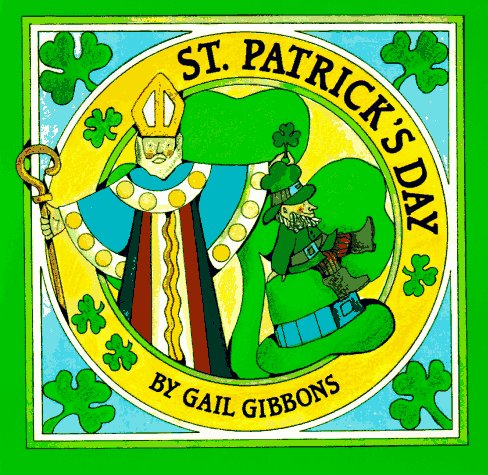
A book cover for St. Patrick's Day; Gail Gibbons; Children's Books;